Annual report on the working of the lock hospitals in the North-Western Provinces and Oudh
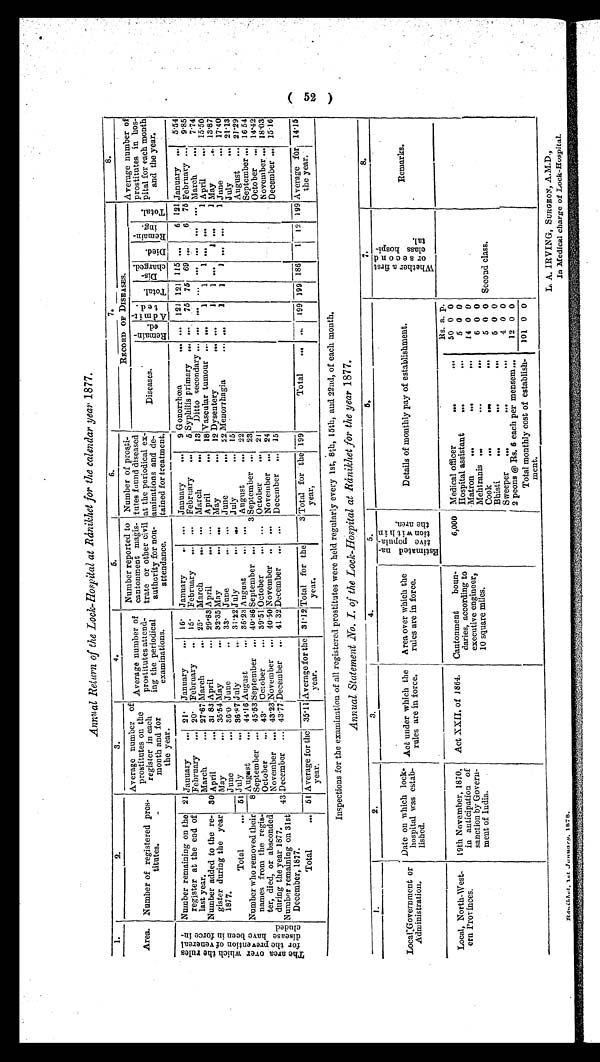
L. A. IRVING, SURGEON,A.M.D.,
In Medical charge of Lock-Hospital.
Ránikhet, 1st, January,
1878.
Annual Return of the Lock-Hospital at Ránikhet for the calendar year 1877.
1.
2.
3.
4.
5.
6.
7.
8.
Area. Number of registered pros-
titutes.
...
Average number of
prostitutes on the
register in each
month and for
the year.
Average number of
prostitutes attend-
ing the periodical
examinations.
Number reported to
cantonment Magis-
trate or other civil
authority for non-
attendance.
Number of prosti-
tutes found diseased
at the periodical ex-
aminations and de-
tained for treatment.
RE CORD OF DI S E AS E S .
Average number o
f verage
prostitutes in ho
s-
pital for each mont
h and the year.
Diseases.
R e m a i n e d .
A d m i t e d .
T o t a l .
D i s c h a r g e d . D i e d . R e m a i n i n g . T o t a l .
T h e a r e a o v e r w h i c h t h e r u l e s f o r t h e p r e v e n t i o n o f v e n e r e a l d i s e a s e h a v e b e e n i n f o r c e i n c l u d e d . Number remaining on the
register at the end of
last year.
21 January
. . .
21. January ... 16. January
... . . . January ... 9 Gonorrhoea
... ... 121 121 115 . . . 6 1 2 1 January ... 5.54
February ... 20. February ... 15. February ... ... February ... 5 Syphilis primary ... ... 75 75 69 . . . 6 75 February ... 9.85
March
... 27.67 March
... 25. March
... ... March
. . . 13 Ditto secondary . . . . . . . . . . . . . . . . . . . . . . . . March ... 7.74
Number added to the re-
gister during the year
1877.
30 April
. . . 31.83 April
. . . 29.83 April
... ... April
... 18 Vascular tumour ... . . . 1 1 1 . . . . . . 1 April
April ... 15.50
May
... 35.54May
. . . 32.35 May
...
. . . May
... 12 Dysentery
... . . . 1 1 ...
1 ... 1 May
... 13.87
June
. . . 3. 60 June
.. 33. June
... . . . June
... 22 Menorrhagia
...
. . .
1 1 1 ... . . . 1 June
... 17 . 4 0
Total
. . . 5 1 July
... 36.87 July
. . . 31.22 July
... . . . July
... 15
July
... 21.13
August . . . 44.16 Augast
... 36.23 August
... . . . August
... 22
August ... 21.29
N u m b e r w h o r e m o v e d t h e i r
names from the regis -
ter, died, or absconded
during the year 1877.
8 September
... 45.53
40.86 September ...
3 September .. 23
September
...
16.54
October ... 43. October ... 39.51 October...
. . . October ... 21
October ... 14.42
November ... 43.23November ... 40.50 November
...
. . . November ... 24
November ... 18.03
43 December ... 43.77 December ... 41 32 December ... . . . December . . . 15
December ... 15.16
Number remaining on 31st
December, 1877.
Total
. . . 51 Average for the
year.
35.11 Average for the
year.
31.12 Tot a l f or t he ye a r .
3
Total for the
year,
199
Total
. . .
. . . 199 199 186 1 0 0 0 0 0 0 0 0 0 0 0 0 i 0 0 0 0 0 0 0 0 0 0 0 0 0 0 1 2 199 Average for
the year.
14.15
Inspections for the examination of all registered prostitutes were held regularly every 1st, 8th, 15th, and 22nd, of each month,
Annual Statement No. I. of the Lock-hospital at Ránikhet for the year 1877.
1 .
2.
3 .
4.
5.
6.
7.
8.
Local Government or
Administration.
Date on which lock -
hospital was estab-
lished .
Act under which the
rules are in force.
Area over which the
rules are in force.
E s t i m a t e d n a t i v e p o p u l a t i o n w i t h h i n t h e a r e a .
Details of monthly pay of establishment.
W h e t h e r a f i r s t o r s e c o n d c l a s s h o s p i t a l .
Remarks.
Rs. a. p.
Local, North-West-
ern Provinces.
19th November, 1870,
in anticipation of
sanction by Govern-
ment of India.
Act XXII. of 1864. Cantonment
boundaries, according to
executive engineer,
10 square miles.
6,000 Medical officer . . .
. . . 50 0 0
Hospital assistant ...
. . .
5 0 0
Matron ...
...
. . . 14 0 0
Mehtranis ...
...
. . .
6 0 0
Cook
...
...
. . .
5 0 0 Second class.
Bhisti
...
. . .
. . .
5 0 0
Sweeper ...
...
...
4 0 0
2 peons @ Rs, 6 each per mensem...
12 0 0
Total monthly cost of establish-
ment.
101 0 0